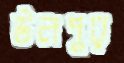
উলপুর